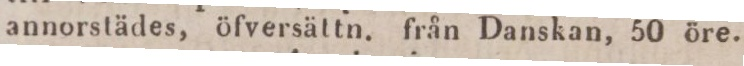
annorstädes, öfversättn. från Danskan, 50 öre.